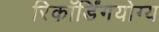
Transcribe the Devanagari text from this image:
रिकॉर्डिंगयोग्य